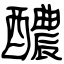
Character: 醲